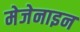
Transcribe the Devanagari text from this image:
मेजेनाइन